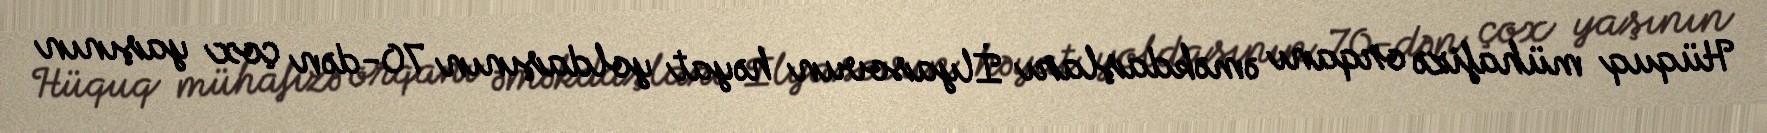
Hüquq mühafizə orqanı əməkdaşları İlyasovun həyat yoldaşının 70-dən çox yaşının